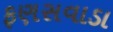
ફણસવાડા